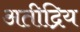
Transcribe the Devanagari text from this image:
अतीद्रिय